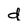
Character: d